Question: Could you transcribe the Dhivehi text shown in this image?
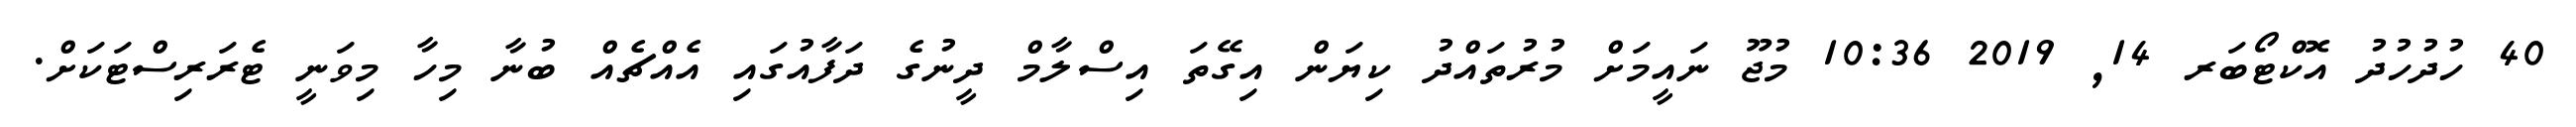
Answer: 40 ހުދުހުދު އޮކްޓޯބަރ 14, 2019 10:36 މުޖޫ ނައީމަށް މުރުތައްދު ކިޔަން އިގޭތަ އިސްލާމް ދީނުގެ ދަފާއުގައި އެއްޗެއް ބުނާ މިހާ މިވަނީ ޓެރަރިސްޓަކަށް.